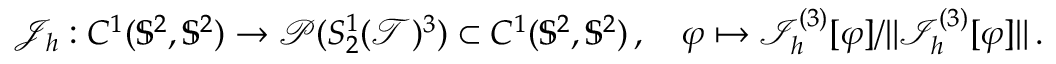
\mathcal { J } _ { h } : C ^ { 1 } ( \mathbb { S } ^ { 2 } , \mathbb { S } ^ { 2 } ) \to \mathcal { P } ( S _ { 2 } ^ { 1 } ( \mathcal { T } ) ^ { 3 } ) \subset C ^ { 1 } ( \mathbb { S } ^ { 2 } , \mathbb { S } ^ { 2 } ) \, , \quad \varphi \mapsto \mathcal { I } _ { h } ^ { ( 3 ) } [ \varphi ] / \lVert \mathcal { I } _ { h } ^ { ( 3 ) } [ \varphi ] \rVert \, .